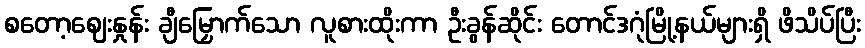
စတော့ဈေးနှုန်း ချီမြှောက်သော လူစားထိုးကာ ဦးခွန်ဆိုင်း တောင်ဒဂုံမြို့နယ်များရှိ ဖိသိပ်ပြီး